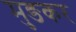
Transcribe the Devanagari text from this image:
मुङकर